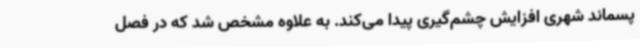
پسماند شهری افزایش چشم‌گیری پیدا می‌کند. به علاوه مشخص شد که در فصل